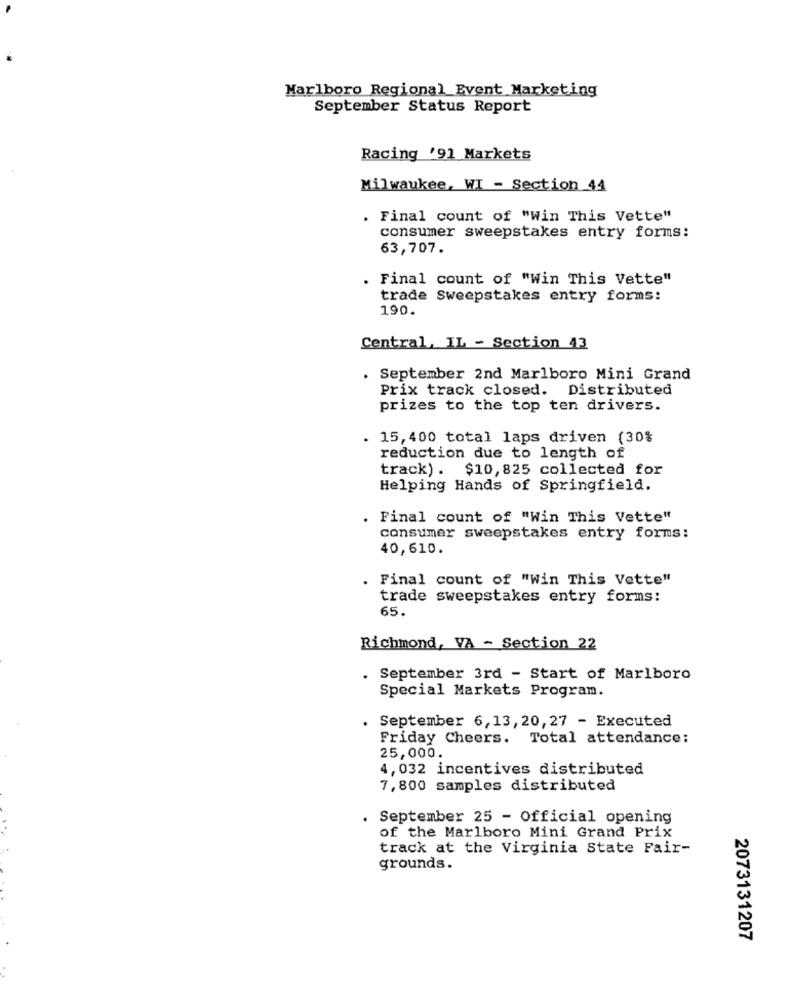
Marlboro Regional_Event Marketing
September Status Report
Racing '91 Markets
Milwaukee, WI - Section 44
. Final count of "Win This Vette"
consumer sweepstakes entry forms:
63,707.
. Final count of "Win This Vette"
trade Sweepstakes entry forms:
190.
Central, IL - Section 43
. September 2nd Marlboro Mini Grand
Prix track closed.
Distributed
prizes to the top ten drivers.
. 15, 400 total laps driven (30%
reduction due to length of
track) . $10, 825 collected for
Helping Hands of Springfield.
. Final count of "Win This Vette"
consumer sweepstakes entry forms:
40,610.
. Final count of "Win This Vette"
trade sweepstakes entry forms:
65.
Richmond, VA - Section 22
.
September 3rd - Start of Marlboro
Special Markets Program.
. September 6,13, 20,27 - Executed
Friday Cheers. Total attendance:
25,000.
4, 032 incentives distributed
7, 800 samples distributed
. September 25 - Official opening
of the Marlboro Mini Grand Prix
track at the Virginia State Fair-
grounds.
2073131207